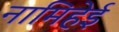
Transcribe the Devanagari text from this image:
नामिहेई